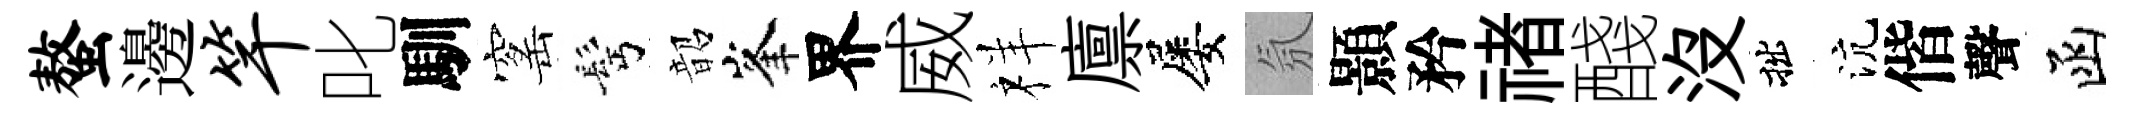
螯邊竿叱馴窰髩韶峯界威祥廪屡氛顥矜禇醆没拙沆偕聲函